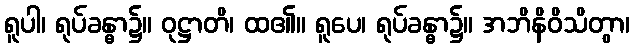
ရူပါ၊ ရုပ်ခန္ဓာ၌။ ဝုဋ္ဌာတိ၊ ထ၏။ ရူပေ၊ ရုပ်ခန္ဓာ၌။ အဘိနိဝိသိတွာ၊